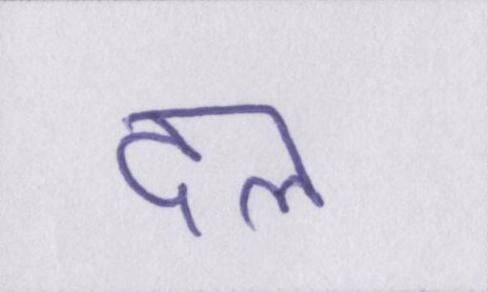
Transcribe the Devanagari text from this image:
दल